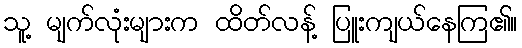
သူ့ မျက်လုံးများက ထိတ်လန့် ပြူးကျယ်နေကြ၏။